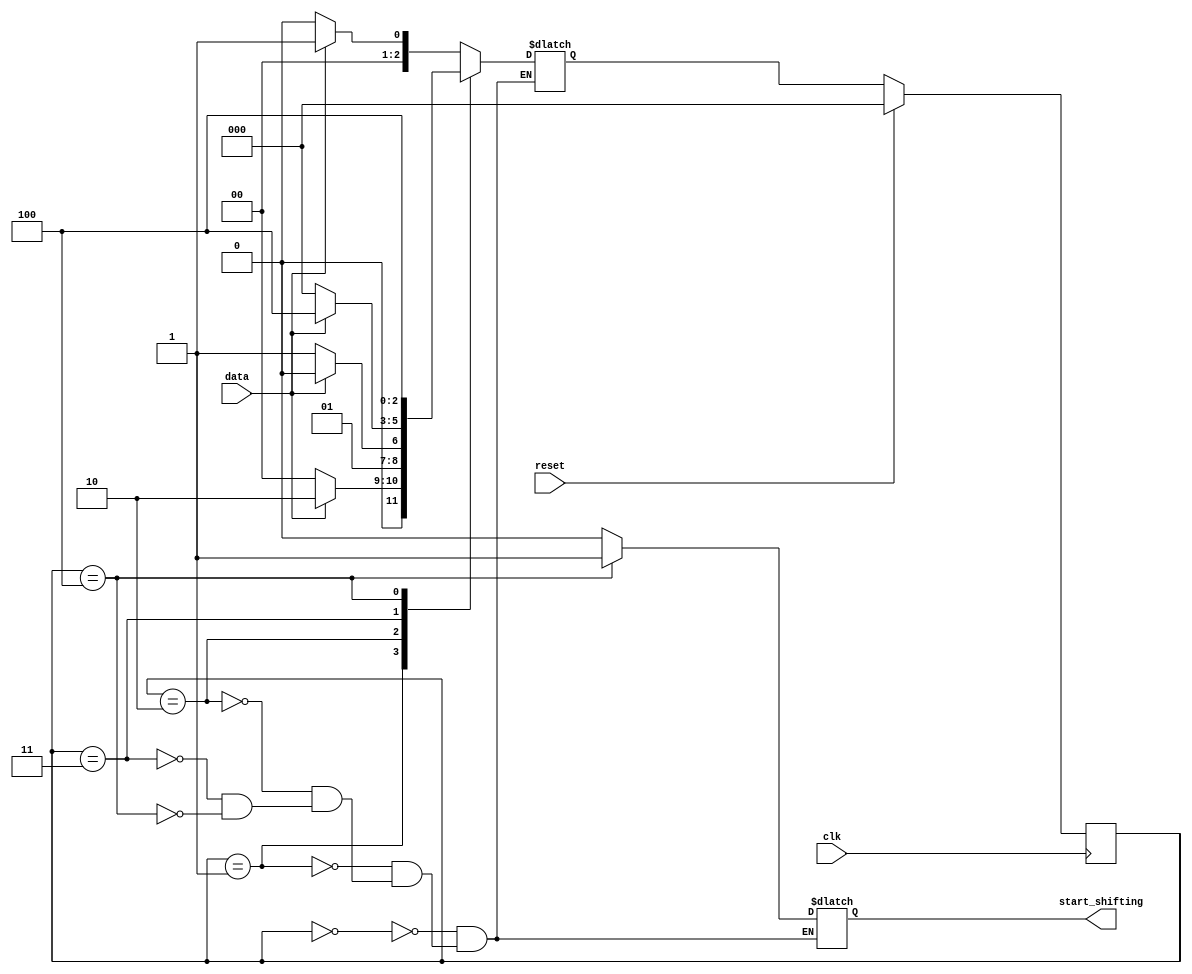
module top_module (
    input clk,
    input reset,      // Synchronous reset
    input data,
    output reg start_shifting);
    parameter A=3'd0, B=3'd1, C=3'd2, D=3'd3, E=3'd4;
    reg[2:0] state, next_state;
    always @(*)begin
        case(state)
            A : begin next_state = data==0?A:B; start_shifting = 0; end
            B : begin next_state = data==0?A:C; start_shifting = 0; end
            C : begin next_state = data==0?D:C; start_shifting = 0; end
            D : begin next_state = data==0?A:E; start_shifting = 0; end
            E : begin next_state = E; start_shifting = 1; end
        endcase
    end
    always @(posedge clk)begin
        if(reset)begin
            state <= A;
        end
        else begin
            state <= next_state;
        end
    end
endmodule